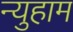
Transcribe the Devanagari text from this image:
न्युहाम